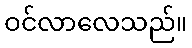
ဝင်လာလေသည်။